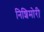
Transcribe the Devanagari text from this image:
निशिमोरी